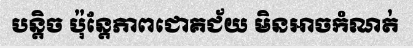
បន្តិច ប៉ុន្តែភាពជោគជ័យ មិនអាចកំណត់